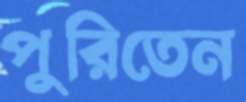
পুরিতেন